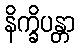
နိက္ခိပန္တာ